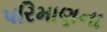
પરિમાણના